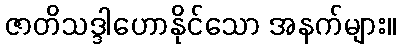
ဇာတိသဒ္ဒါဟောနိုင်သော အနက်များ။